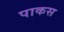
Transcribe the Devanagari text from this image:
पाकस